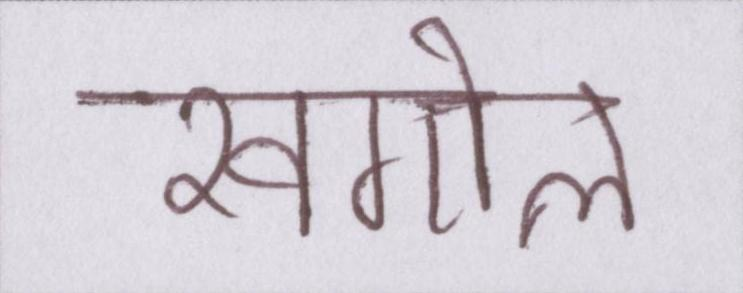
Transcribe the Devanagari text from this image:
खगोल